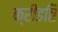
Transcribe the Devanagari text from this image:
क्रीडति